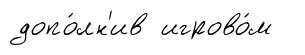
допо́лн'ив игрово́м